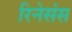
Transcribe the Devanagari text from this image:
रिनेसंस